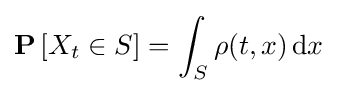
\mathbf {P} \left[X_{t}\in S\right]=\int _{S}\rho (t,x)\,\mathrm {d} x